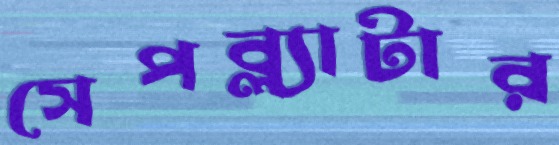
সেপব্ল্যাটার